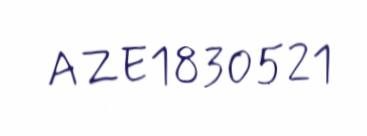
AZE1830521